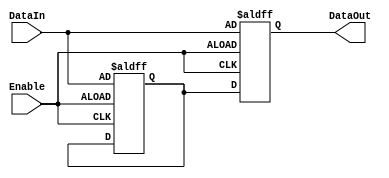
module Disable (
    input wire Enable,          // Control signal
    input wire [N-1:0] DataIn, // Input data (size N)
    output reg [N-1:0] DataOut  // Output data (size N)
);
    parameter N = 8; // Parameter to define the size of the data bus

    // Internal register to hold the last valid output value
    reg [N-1:0] last_valid_output;

    always @(posedge Enable or negedge Enable) begin
        if (Enable) begin
            // When enabled, update the output with the input data
            DataOut <= DataIn;
            last_valid_output <= DataIn; // Store the last valid output
        end else begin
            // When disabled, hold the last valid output
            DataOut <= last_valid_output;
        end
    end

endmodule